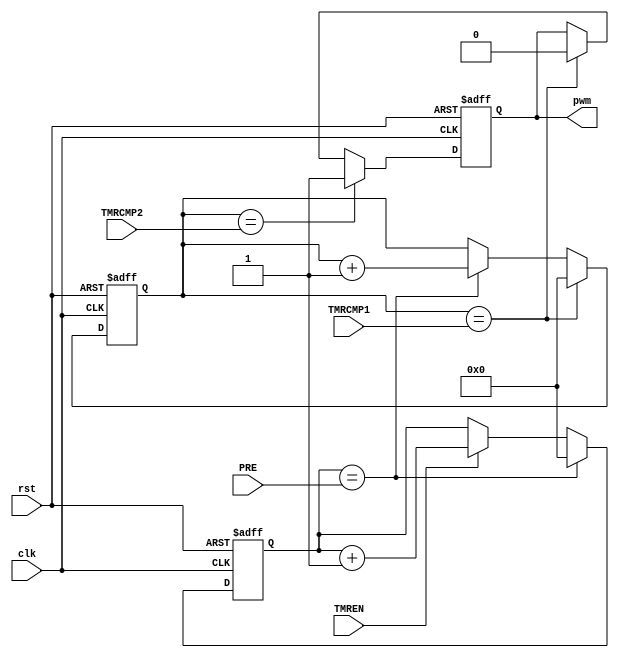
module PWM32 (
		input wire clk,
		input wire rst,
		input wire [31:0] PRE,
		input wire [31:0] TMRCMP1,
		input wire [31:0] TMRCMP2,
		input wire 				TMREN,
		output reg pwm
	);

	reg [31:0]	TMR;
	reg [31:0] 	clkdiv;
	wire 		timer_clk = (clkdiv==PRE) ;
	wire 		tmrov = (TMR == TMRCMP1);
	wire 		pwmov = (TMR == TMRCMP2);

	// Prescalar
	always @(posedge clk or posedge rst)
	begin
		if(rst)
			clkdiv <= 32'd0;
		else if(timer_clk)
			clkdiv <= 32'd0;
		else if(TMREN)
			clkdiv <= clkdiv + 32'd1;
	end

	// Timer
	always @(posedge clk or posedge rst)
	begin
		if(rst)
			TMR <= 32'd0;
		else if(tmrov)
			TMR <= 32'd0;
		else if(timer_clk)
			TMR <= TMR + 32'd1;
	end

	// PWM Output
	always @(posedge clk or posedge rst)
	begin
		if(rst)
			pwm <= 1'd0;
		else if(pwmov)
			pwm <= 1'd1;
		else if (tmrov)
			pwm <= 1'd0;
	end

endmodule